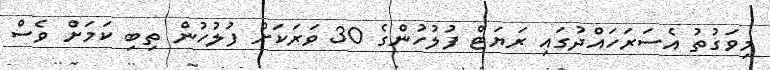
މިވަގުތު އެސަރަހައްދުގައި ރަޔަޓް ފުލުހުންގެ 30 ވަރަކަށް ފުލުހުން ތިބި ކަމަށް ވެސް